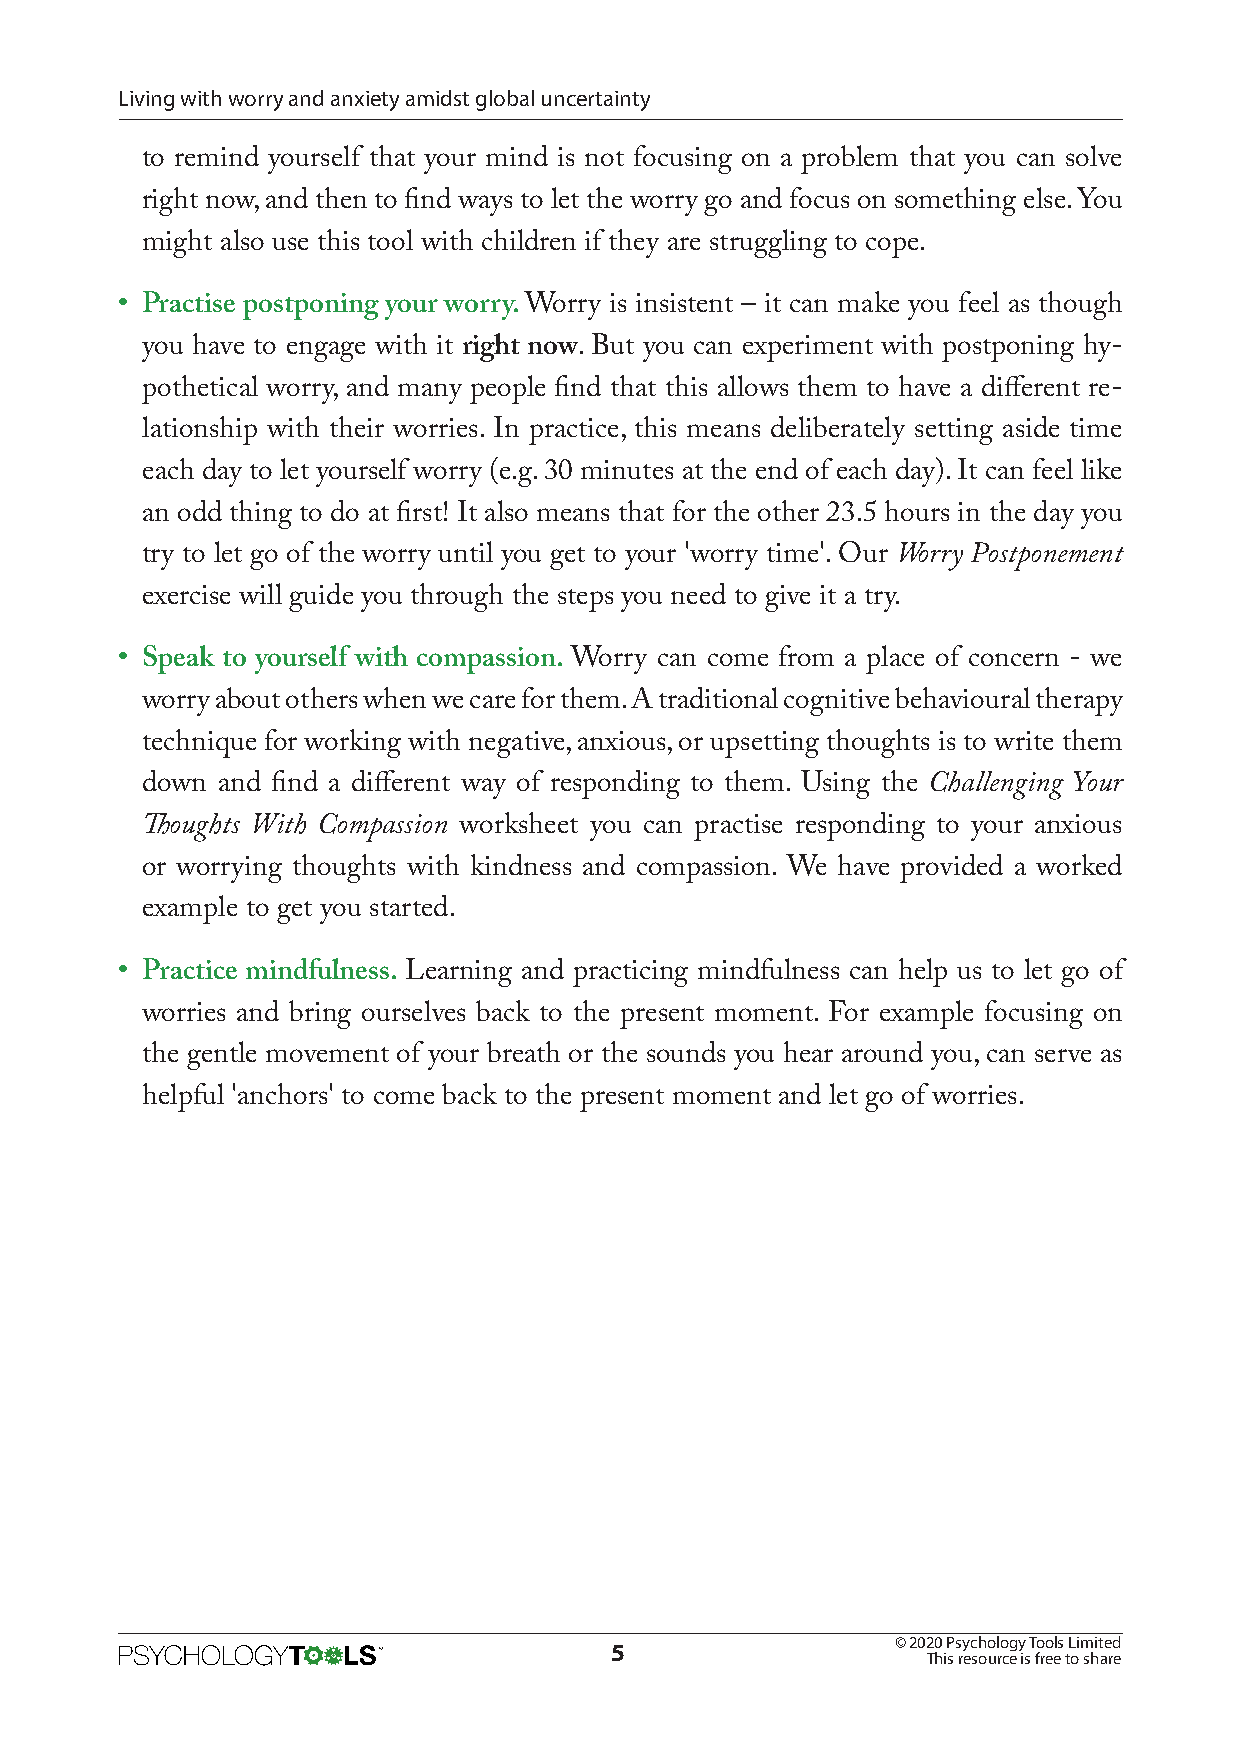
Living with worry and anxiety amidst global uncertainty
 to remind yourself that your mind is not focusing on a problem that you can solve
 right now, and then to find ways to let the worry go and focus on something else. You
 might also use this tool with children if they are struggling to cope.
 • Practise postponing your worry. Worry is insistent – it can make you feel as though
 you have to engage with it right now. But you can experiment with postponing hy-
 pothetical worry, and many people find that this allows them to have a different re-
 lationship with their worries. In practice, this means deliberately setting aside time
 each day to let yourself worry (e.g. 30 minutes at the end of each day). It can feel like
 an odd thing to do at first! It also means that for the other 23.5 hours in the day you
 try to let go of the worry until you get to your 'worry time'. Our Worry Postponement
 exercise will guide you through the steps you need to give it a try.
 • Speak to yourself with compassion. Worry can come from a place of concern - we
 worry about others when we care for them. A traditional cognitive behavioural therapy
 technique for working with negative, anxious, or upsetting thoughts is to write them
 down and find a different way of responding to them. Using the Challenging Your
 Thoughts With Compassion worksheet you can practise responding to your anxious
 or worrying thoughts with kindness and compassion. We have provided a worked
 example to get you started.
 • Practice mindfulness. Learning and practicing mindfulness can help us to let go of
 worries and bring ourselves back to the present moment. For example focusing on
 the gentle movement of your breath or the sounds you hear around you, can serve as
 helpful 'anchors' to come back to the present moment and let go of worries.
 © 2020 Psychology Tools Limited
 5
 This resource is free to share